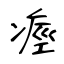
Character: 痙